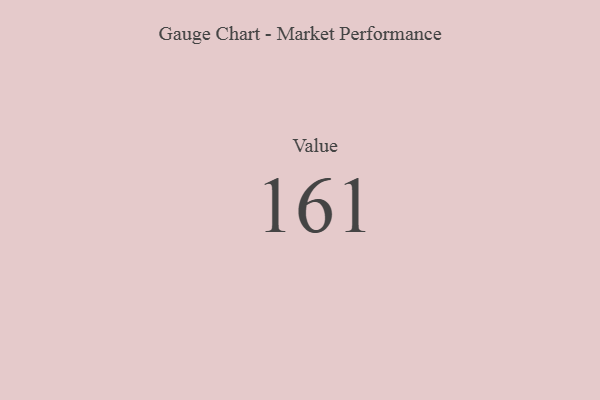
{"axis": {"x": "Metric", "y": "Value"}, "legend": [""], "data": [{"x": "Value", "y": 161, "type": ""}]}